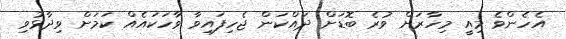
އެހެންވެ މިއީ މިހާރަށް ވުރެ ބޮޑަށް ދައްކަން ޖެހިފައިވާ ވާހަކައެއް ކަމަށް ވިދާޅުވި